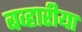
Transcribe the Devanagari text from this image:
बव्हारीया